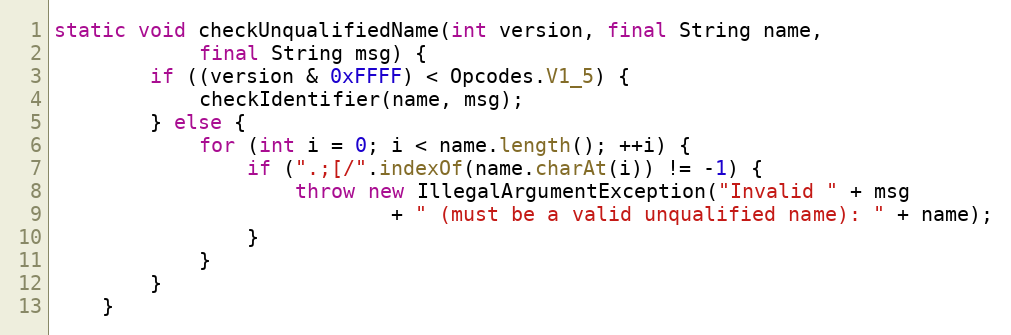
Language: Java
static void checkUnqualifiedName(int version, final String name,
            final String msg) {
        if ((version & 0xFFFF) < Opcodes.V1_5) {
            checkIdentifier(name, msg);
        } else {
            for (int i = 0; i < name.length(); ++i) {
                if (".;[/".indexOf(name.charAt(i)) != -1) {
                    throw new IllegalArgumentException("Invalid " + msg
                            + " (must be a valid unqualified name): " + name);
                }
            }
        }
    }